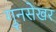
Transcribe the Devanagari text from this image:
गुनसेखर